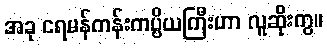
အခု ငရမန်ကန်းကပ္ပိယကြီးဟာ လူဆိုးကွ။